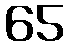
65